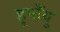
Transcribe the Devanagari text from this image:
हूमाँयु